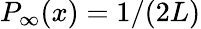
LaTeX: P_{\infty}(x)=1/(2L)